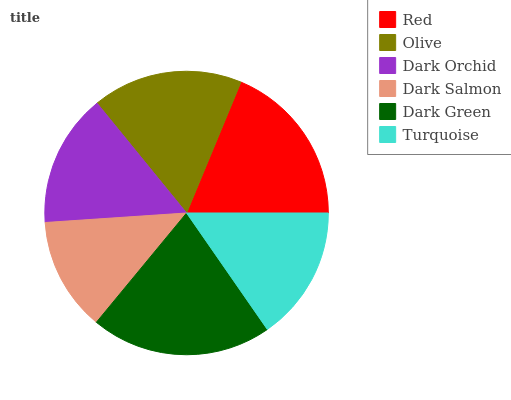
| Red | Olive | Dark Orchid | Dark Salmon | Dark Green | Turquoise |
 | --- | --- | --- | --- | --- | --- |
 | 18.8% | 17.2% | 15.2% | 12.9% | 20.7% | 15.3% |